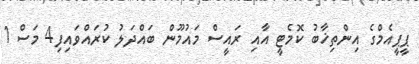
ޕީޕީއެމްގެ އިންތިޚާބު ކޮމެޓީ އާއި ރައީސް މައުމޫން ބައްދަލު ކުރައްވައިފި4 މަސް 1